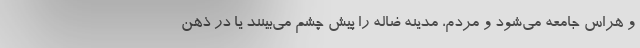
و هراس جامعه می‌شود و مردم، مدینه ضاله را پیش چشم می‌بینند یا در ذهن